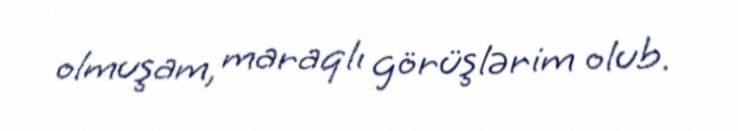
olmuşam, maraqlı görüşlərim olub.